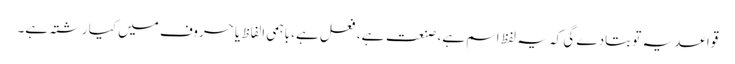
قواعد یہ تو بتادے گی کہ یہ لفظ اسم ہے، صنعت ہے، فعل ہے، باہمی الفاظ یا حروف میں کیا رشتہ ہے۔